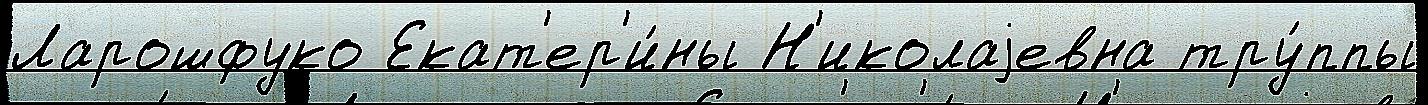
Ларошфуко Екат'ер'и́ны Н'иколаjевна тру́ппы